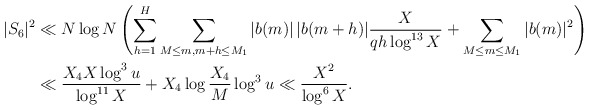
\begin{align*}|S_6|^2 &\ll N \log N \left( \sum_{h=1}^H \sum_{M \leq m, m+h \leq M_1} |b(m)| \, |b(m+h)| \frac{X}{qh\log^{13}X} + \sum_{M \leq m \leq M_1} |b(m)|^2 \right) \\ &\ll \frac{X_4 X \log^3 u}{\log^{11}X} + X_4 \log \frac{X_4}{M} \log^3 u \ll \frac{X^2}{\log^6 X}.\end{align*}